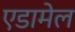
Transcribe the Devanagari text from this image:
एडामेल